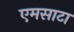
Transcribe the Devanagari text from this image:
एमसाटा